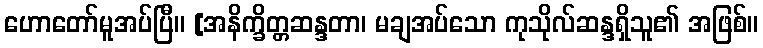
ဟောတော်မူအပ်ပြီ။ [အနိက္ခိတ္တဆန္ဒတာ၊ မချအပ်သော ကုသိုလ်ဆန္ဒရှိသူ၏ အဖြစ်။